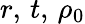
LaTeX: r,\, t,\, \rho_{0}